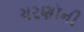
ચરણૉની